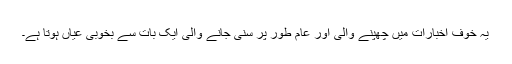
یہ خوف اخبارات میں چھپنے والی اور عام طور پر سنی جانے والی ایک بات سے بخوبی عیاں ہوتا ہے۔